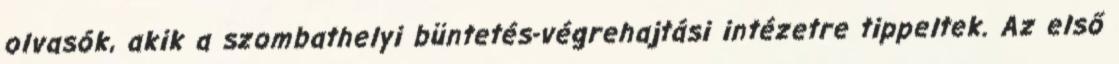
olvasók, akik a szombathelyi büntetés-végrehajtási intézetre tippeltek. Az első